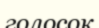
голосок